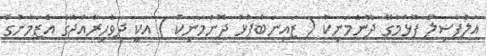
އަލްފާޟިލް ފޫޅުމާގޭ ދޮންމަނިކު ( ޒައިނަބުފުޅު ދޮންމަނިކު ) އަކީ ދިވެހިރާއްޖޭގެ އެޒަމާނުގެ